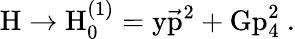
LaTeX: \mathrm{H\to H_{0}^{(1)}=y\vec{p}^{2}+Gp_{4}^{2}~.}